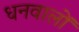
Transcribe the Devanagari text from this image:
धनवालों